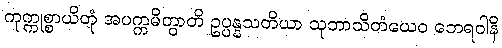
ကုက္ကုစ္စာယိတုံ အပက္ကမိတွာတိ ဥပ္ပန္နသတိယာ သုဘာသိတံယေဝ ဘေရဝါနိ